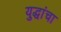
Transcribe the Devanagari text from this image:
युद्धांचा